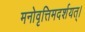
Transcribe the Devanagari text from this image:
मनोवृत्तिमदर्शयत्।